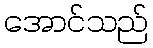
အောင်သည်